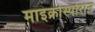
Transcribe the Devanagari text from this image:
माइक्रोस्पोरोन